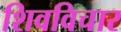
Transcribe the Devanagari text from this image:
शिवविचार